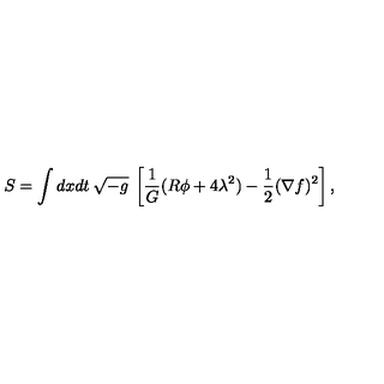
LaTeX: S = \int d x d t \: \sqrt { - { g } } \: \left[ \frac { 1 } { G } ( R \phi + 4 \lambda ^ { 2 } ) - \frac { 1 } { 2 } ( \nabla f ) ^ { 2 } \right] ,